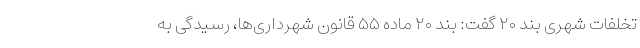
تخلفات شهری بند ۲۰ گفت: بند ۲۰ ماده ۵۵ قانون شهرداری‌ها، رسیدگی به